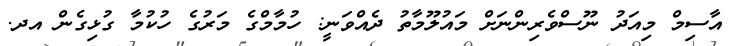
އާސިމް މިއަދު ނޫސްވެރިންނަށް މައުލޫމާތު ދެއްވަނީ: ހުމާމްގެ މަރުގެ ހުކުމާ ގުޅިގެން އދ.